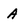
Character: A